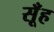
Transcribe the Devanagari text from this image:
सूँह